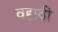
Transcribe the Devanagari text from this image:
वहावी